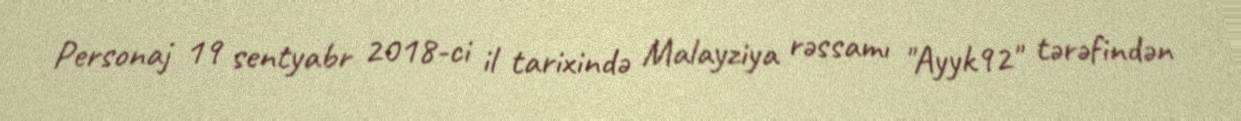
Personaj 19 sentyabr 2018-ci il tarixində Malayziya rəssamı "Ayyk92" tərəfindən